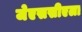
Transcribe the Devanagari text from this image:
जेएससीएला